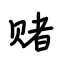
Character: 赌